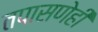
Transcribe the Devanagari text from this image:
तपासणेही